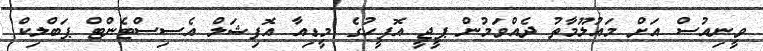
ވީނިއުސް އަށް މައުލޫމާތު ދެއްވަމުން ޕީޖީ އޮފީހުގެ މީޑިއާ އޮފިޝަލް އެސިސްޓެންޓް ޕަބްލިކް